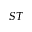
S T